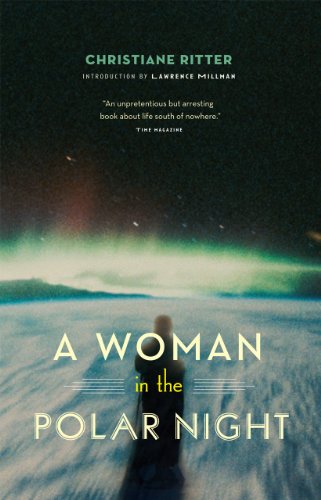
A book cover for A Woman in the Polar Night; Christiane Ritter; Travel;